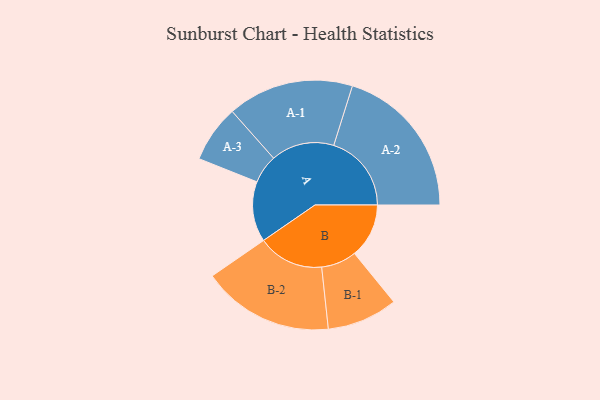
{"axis": {"x": "Segment", "y": "Value"}, "legend": ["", "A", "B"], "data": [{"x": "A", "y": 215, "type": ""}, {"x": "B", "y": 194, "type": ""}, {"x": "A-1", "y": 225, "type": "A"}, {"x": "A-2", "y": 277, "type": "A"}, {"x": "A-3", "y": 102, "type": "A"}, {"x": "B-1", "y": 126, "type": "B"}, {"x": "B-2", "y": 235, "type": "B"}]}